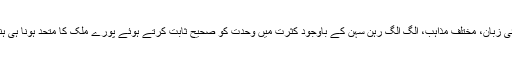
انہوں نے کہا کہ ملک کی مختلف مادری اور علاقائی زبان، مختلف مذاہب، الگ الگ رہن سہن کے باوجود کثرت میں وحدت کو صحیح ثابت کرتے ہوئے پورے ملک کا متحد ہونا ہی ہندوستان کی شناخت ہے ، جس پر ملک کو ناز ہے ۔